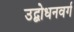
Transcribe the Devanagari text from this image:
उद्बोधनवर्ग